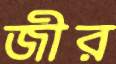
জীর